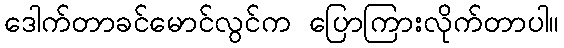
ဒေါက်တာခင်မောင်လွင်က ပြောကြားလိုက်တာပါ။